Rangoon Lunatic Asylum 1898-1906 - 1898-1906
Year: 1898
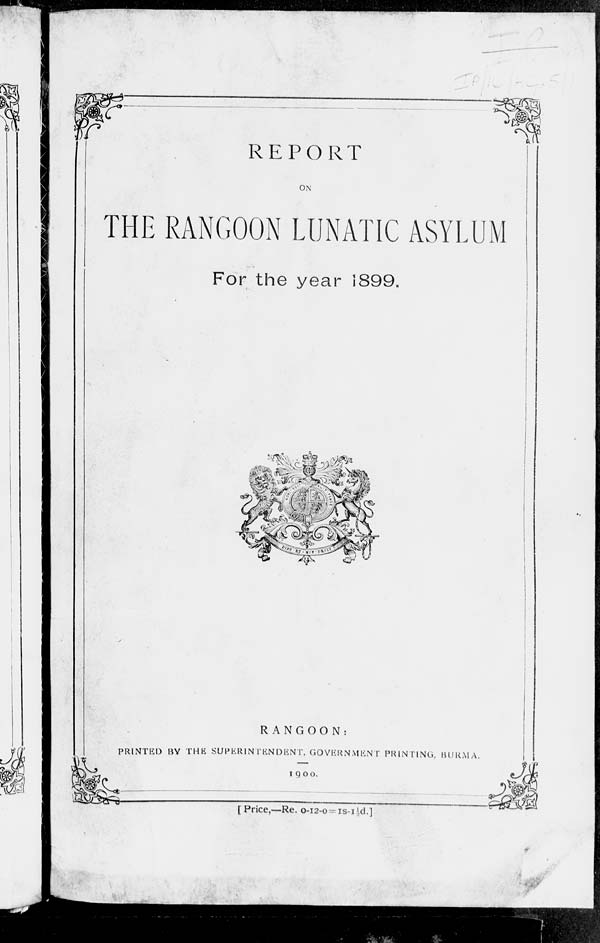
REPORT
ON
THE RANGOON LUNATIC ASYLUM
For the year 1899.
RANGOON:
PRINTED BY THE SUPERINTENDENT, GOVERNMENT
PRINTING, BURMA.
1900.
[Price,—Re. 0-12-0= 1S-1 ½ d.]